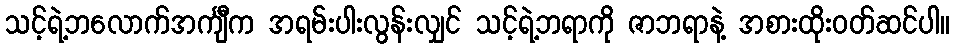
သင့်ရဲ့ဘလောက်အင်္ကျီက အရမ်းပါးလွန်းလျှင် သင့်ရဲ့ဘရာကို ဇာဘရာနဲ့ အစားထိုးဝတ်ဆင်ပါ။